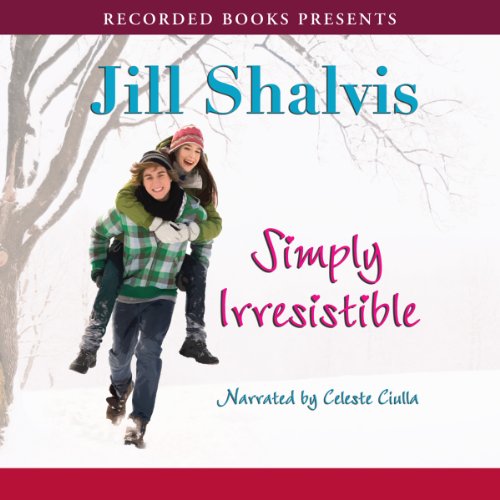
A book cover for Simply Irresistible; Jill Shalvis; Science Fiction & Fantasy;